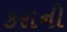
કરાની